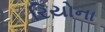
રિયોના